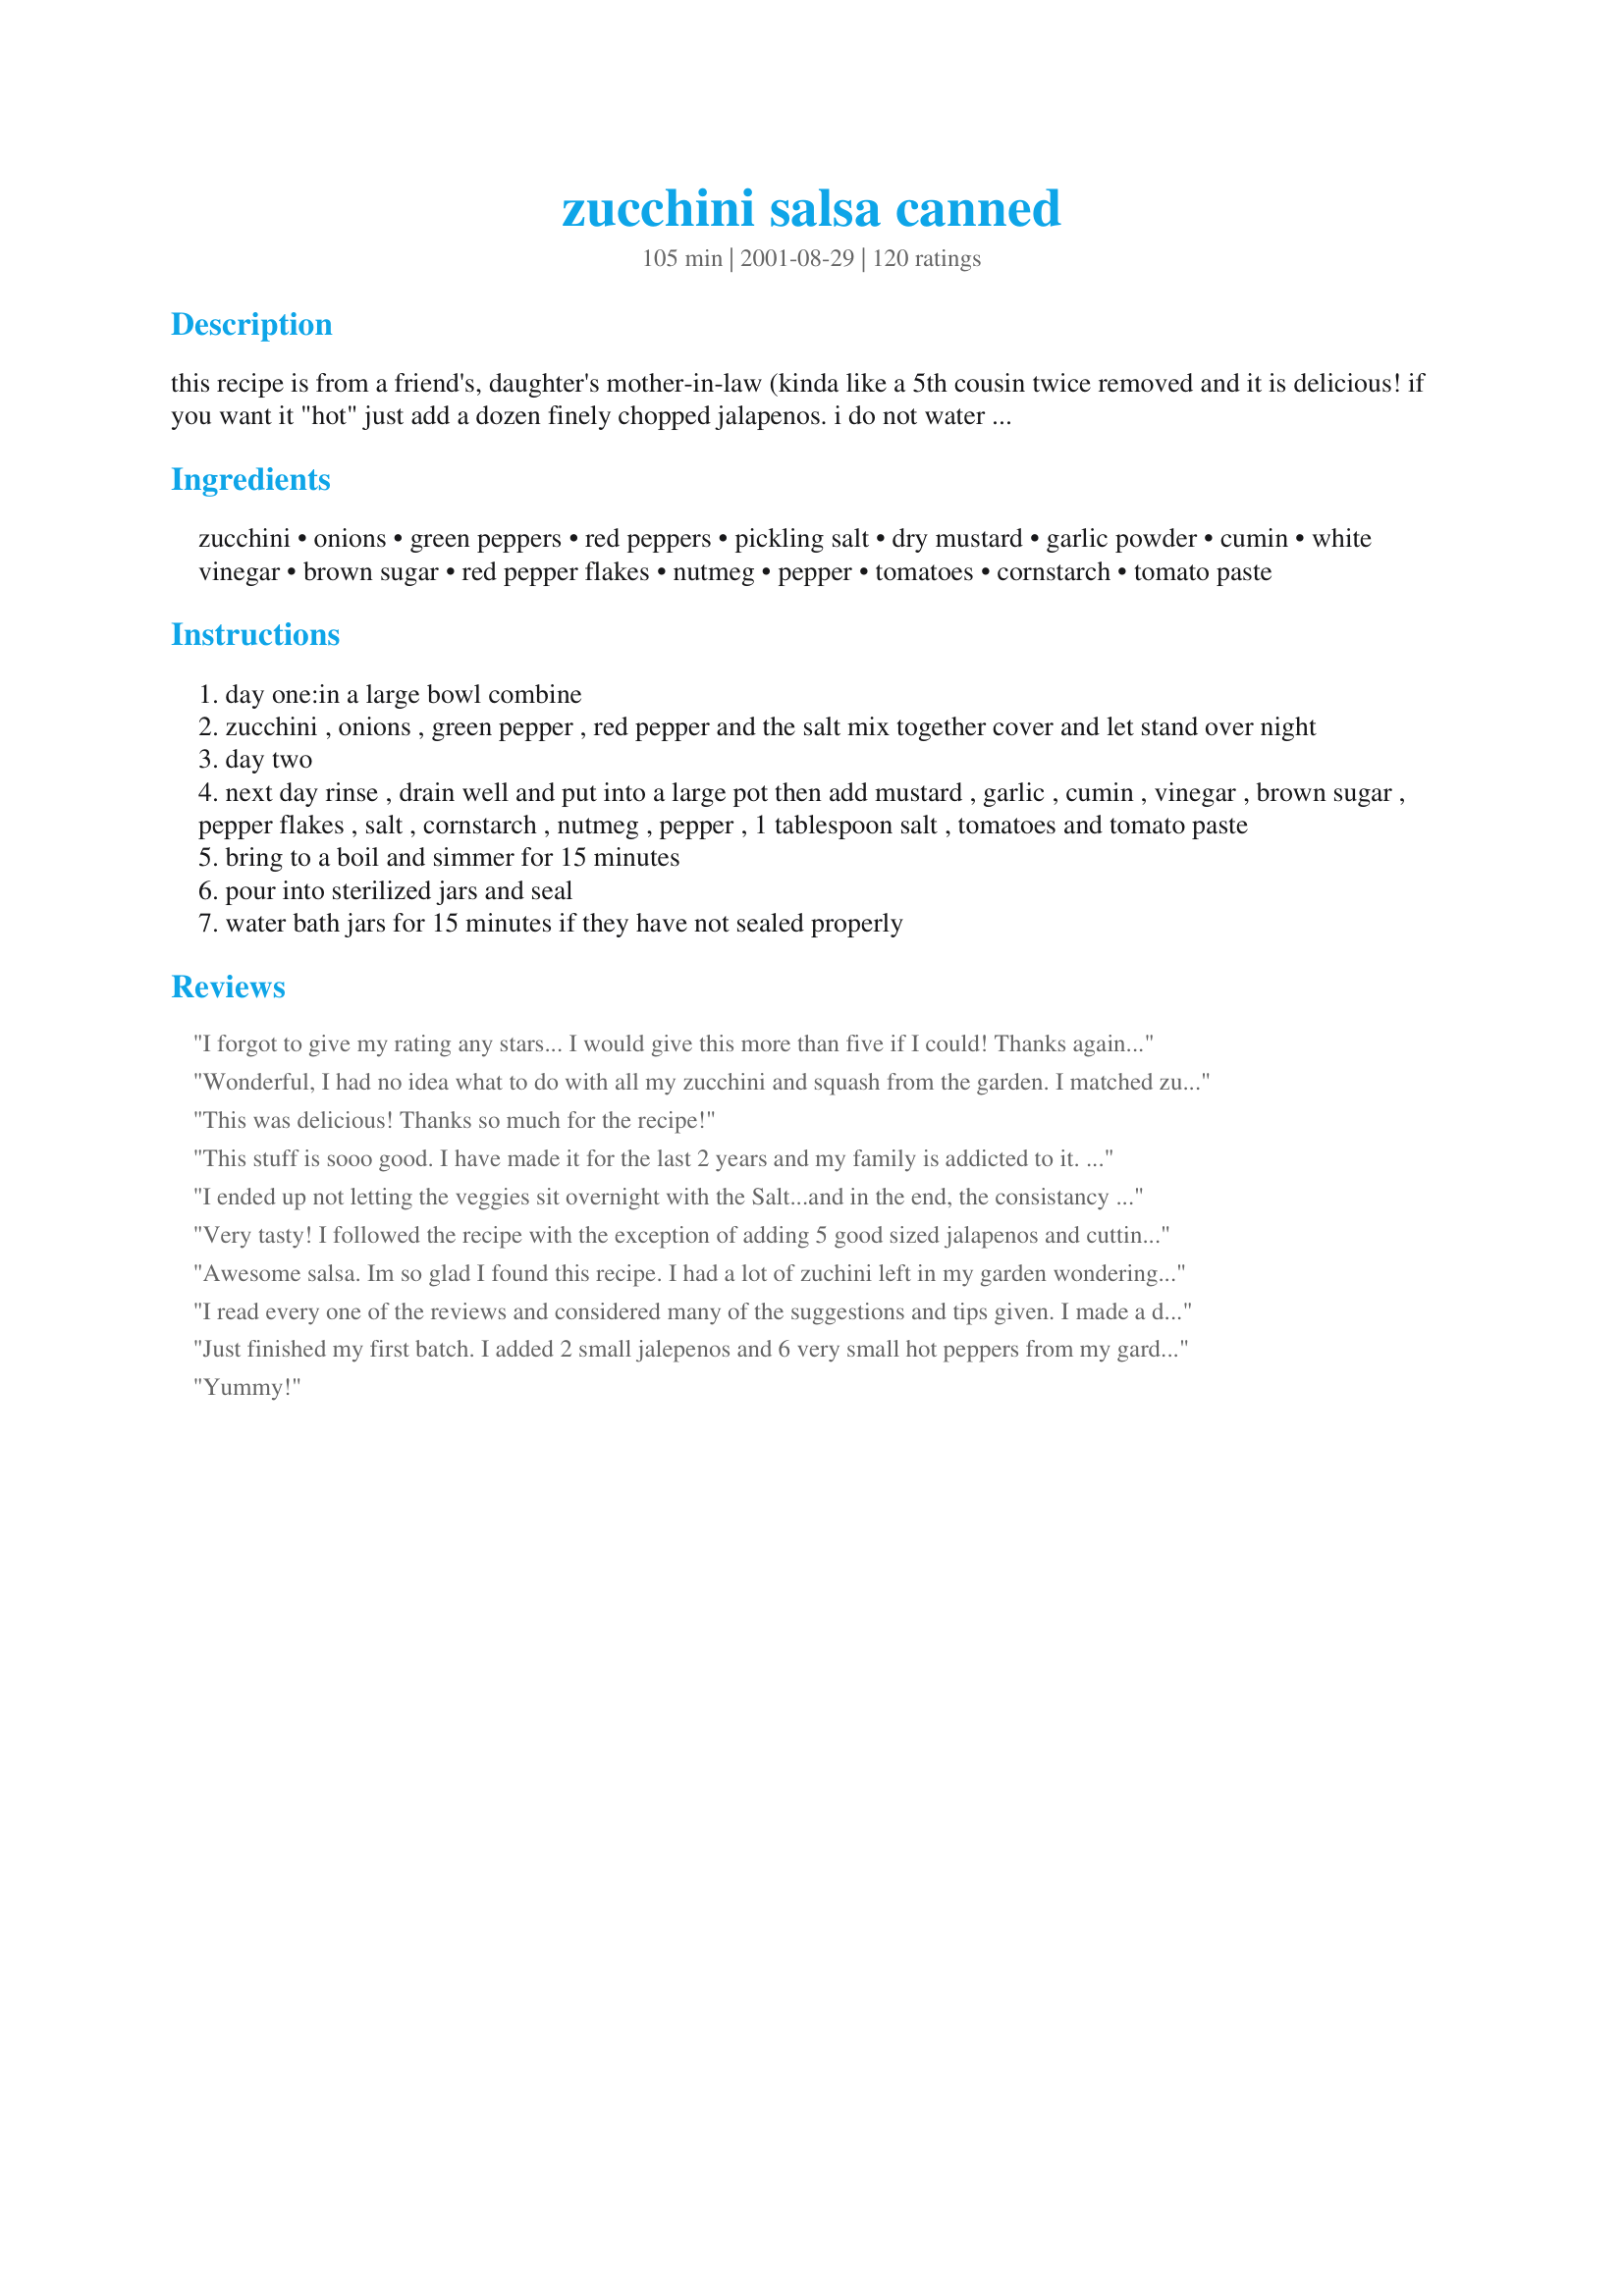
zucchini salsa canned
Preparation time: 105 minutes

this recipe is from a friend's, daughter's mother-in-law (kinda like a 5th cousin twice removed and it is delicious! if you want it "hot" just add a dozen finely chopped jalapenos. i do not water bath the jars but i am very careful with sterilizing and make sure the lids are sealed. i you feel better waterbathing them do it for 15 minutes.

Ingredients:
zucchini, onions, green peppers, red peppers, pickling salt, dry mustard, garlic powder, cumin, white vinegar, brown sugar, red pepper flakes, nutmeg, pepper, tomatoes, cornstarch, tomato paste

Steps:
day one:in a large bowl combine
zucchini , onions , green pepper , red pepper and the salt mix together cover and let stand over night
day two
next day rinse , drain well and put into a large pot then add mustard , garlic , cumin , vinegar , brown sugar , pepper flakes , salt , cornstarch , nutmeg , pepper , 1 tablespoon salt , tomatoes and tomato paste
bring to a boil and simmer for 15 minutes
pour into sterilized jars and seal
water bath jars for 15 minutes if they have not sealed properly

Reviews:
I forgot to give my rating any stars... I would give this more than five if I could! Thanks again Bergy.
Wonderful, I had no idea what to do with all my zucchini and squash from the garden. I matched zucchini and squash then added about 1 1/2 cups crushed pineapple for a bit of sweetness. Everyone raves about it. Thanx Again!!!
This was delicious! Thanks so much for the recipe!
This stuff is sooo good. I have made it for the last 2 years and my family is addicted to it. When ever I take it to dinners or carry -ins it is gone! Everyone asks for the recipe, even those who do not can. Will be making for many years to come.
I ended up not letting the veggies sit overnight with the Salt...and in the end, the consistancy of the salsa was just fine, not runny at all. I also just chopped/cubed the zucchini instead of shredding it.
My hubby does like Hot and Spicy(like set your tongue on fire spicy...) so I added 10 Serrano peppers, 4 Jalapenos, and some kinda mystery peppers we had in our garden. Overall it tasted pretty good and I'm sure the longer we let it sit, the spicier it'll get for him.
I also added the zest and juice of 3 limes, a bundle of cilantro, 2 more cups of tomatoes, and some minced garlic. Ended up getting 14 pints overall.
The recipe is a good recipe.
Very tasty! I followed the recipe with the exception of adding 5 good sized jalapenos and cutting the sugar back to about a half a cup as we don't care for really sweet salsa's. Nice balance of hot and sweet, hubby didn't know there was zucchini in it until I told him. Made 5 pints which I processed and a small tub to snack on leftover. Love the use of zucchini past the typical bread/cake! Absolutely a keeper for next summer.
Awesome salsa. Im so glad I found this recipe. I had a lot of zuchini left in my garden wondering what to do with it. I used a combination of green, red, yellow, orange peppers also added one sweet banana pepper and 4 jalepenos. I used fresh garlic 4 cloves. I used a combination of regular tomatoes and a few roma tomatoes and removed the skins.I found the salsa a bit thick so I added 1 1/2 cup tomato juice. I cut the red pepper flakes down cuz Im a wimp! Im not telling anyone it has zuchini in it because you cant tell. Thanks so much Bergy for a recipe that I will continue to use and enjoy for years to come!
I read every one of the reviews and considered many of the suggestions and tips given. I made a double batch, cutting the cornstarch and sugar in half. No nutmeg, but I did add 1/2 cup of dried cilantro. I used part brown and white sugars as well as half lemon juice and vinegar; I did add more sugar later to balance the flavor. I doubled the red pepper flakes and used a quart of jalapenos, not too spicy hot and not mild a notch above medium, it has a lively after kick. I ended up with 12 pint, 3 quart, and 1 (24 ounce) jars of salsa (19 ½ pints). I did the water bath because I%u2019ve heard too many horror stories regarding botulism and canning. Anyway, it looked like I had used too much zucchini, and the favor was alright. I waited as long as I could to taste the finished salsa, 1 day after pretty good, 2 days later, real good and the zucchini is not noticeable at all. If I have some left by the Christmas and New Year holidays it should be really good. It seems to get better with age, like a good wine.
Just finished my first batch. I added 2 small jalepenos and 6 very small hot peppers from my garden. It is sweet, but with a little burn. 
I got 7.5 pints.
Yummy!
I have been making this recipe for 5 years. We love it. I follow the ingredients list with no deletions. I dice the zucchini, skin on. I used pre-diced garlic that I buy in large containers from Costco. These changes just make my prep time shorter. If I happen to have a jalapeno I will throw it in. The best thing about this salsa is that the work is spread over two days. I have found that if I just cannot get back to it the next day it saves well in the fridge. I have actually had a few batches where I didn&#039;t get back to cook and can it for a week and all was well. :)
I love love this salsa..but I was just wondering if recipe was tested for canning. .thanks becky
Wow, a great way to use Zucchini. I made a batch this morning. Very tasty, easy to make. I added 3 jalapeno peppers. Also, did a 15 minute hot water bath. My family loves Salsa. I will be making more as we have a garden & lots more Zucchini coming on.
Wow! Thanks for the great zucchini recipe. Can't make it fast enough. I'm on my 5th batch this month. I cut the sugar in half, deleted the nutmeg after the first batch and added 4 jalapeno peppers. It's a real hit!
I made this last year and it has been gone since January :(. I just made my first batch of the year and excited to have enough tomatoes for another. I have also mixed it in with my chili and it was the best chili I ever made.
My husband loves this recipe. I made it two years ago and he told me to stop trying any other salsa recipes. He likes heat so I added three jalapenos. I&#039;m in the middle of making him a year&#039;s worth of this stuff. I&#039;ve done 27 pints so far using home grown zucs, onions and jalapenios. And I&#039;m not done yet :) I always do the water bath and I leave a 1/2&quot; clearnace in the jars. That seems to do the trick for me sealing it.
This is a great salsa! My husband, the zucchini hater, even loves it. My 15 year old is rationing it. It's a long wait until zucchini season. I will be making a lot more of this next year! Thanks for posting!
Great recipe, I was curious as to having the zucchini in it, but as we have a bunch in the garden, thought I would try it. Very yummy! I wanted a little kick, so I added 3 jalepeno peppers, one I seeded. Phew! It was spicy!
This is wonderful, made half a recipe. Used Splenda rather than sugar, we can't eat the sugar. Instead of red pepper flakes I added a small can of chilies, and a few flakes of Jalapeno dried peppers. Also about 1/2 cup cilantro. I sterilized the jars by using my steamer cannier processing for about ten minutes. The steamer cannier is 100% better than the usual water bath.
This is a fantastic Salsa! I love the fact that there isn't any cilantro in it.

I have been told by one co-worker that it is better than their Grandma's Salsa even!

Thanks for the great recipe!
This is my third year canning this recipe. It's a perfect way to use onions, zucchini, peppers and tomatoes from our garden. The salsa makes a great gift and we're sure to make enough so we have a supply throughout the year. We use it with chips and appetizers, of course, but it's also great in soups and stews.
I am never one to write one of these reviews but I had to comment on this recipe. I have had to hide my last few jars to keep my husband from taking to work and sharing with his buddies. I have had so many request for this recipe that I now include a copy with every jar. We actually 'plan' to grow extra zucchini next year so we can make more. Thank you for such a yummy way to use a nutritious food.
So, so good! I made this with my MIL last weekend! It came together quickly and tastes great! The only thing she did differently was to use Kosher salt in place of pickling salt. Thanks for posting, Bergy!
I made this recipe on july 28,09 I left the zucchini in small chunks instead of shredding, it worked out perfect. I was very happy with the taste, texture, and consistency. The hotness I would say is medium. I will be making this recipe again. Thank you so much.
I love this recipe!!! It's the best, tastiest way to preserve lots of zucchini---but that's not all, I subbed in yellow squash and corn added diced garlic and cilantro too! YUM! I'm going to try using cucumber in another batch and can't wait to taste the results. Everyone I give a jar to asks for more and I'm afraid I won't have enough to keep for winter preserves!
People aren’t being “rude”. They are simply trying to let you know that this recipe is NOT safe as written. Zucchini, onions and peppers make up the much of this recipe and they are LOW acid foods. To make this safe to eat you should use bottled (not fresh) lime juice. It is more acidic than vinegar and will bring the PH within safe limits. Now, just because someone has made this before and no one died doesn't make it safe. It is a bit like Russian Roulette. The majority of people live to tell the tale but one person dies. Is that a risk you would be willing to take with your friends and family? Don’t depend on the advice of non-experts. https://www.healthycanning.com/cowboy-canners/. Just because the recipe has been around for years that doesn’t make it safe. The science around canning changes over the years. If fact, using older canning recipes is not recommended. Here is a good article regarding making salsa with fresh lime juice. https://www.healthycanning.com/fresh-lime-juice-all-new-ball-book-of-canning/ There is so much trusted information out there it makes no sense whatsoever to ignore it in favor of advice from well-meaning strangers. The National Centre for Home Food Preserving is a good, reliable source https://nchfp.uga.edu/. Now having said all this I want to tell you that I just made this recipe and have made it in the past. Lots of it. I gave it to family and friends. I decided recently to buy a pressure canner as I’ve always wanted one. I started doing research to ensure that I can safely and I came across the information about some salsas not being safe for water bath canning. Everyone who got a jar of that salsa is going to be told to toss it. I can’t afford a reliable PH tester and if I ever made someone sick with my food I couldn’t live with myself. I’m not telling you what to do. I’m just letting you know that there is a risk of botulism with this recipe. Botulism is nothing to fool around with. https://en.wikipedia.org/wiki/Botulism
I added nothing and removed nothing. This recipe is amazing and was one of my regular Christmas gifts last year. I generally beg people for Zucchini so I can make it.
This is the best snacking salsa ever. I say snacking because we just about finished a quart jar in two days. My husband thinks it is a little sweet and not quite hot enough even after I added 8 jalapino's to it. Next time I will just chop jalapinos without deveining and seeding them. This should give it more heat. Maybe I will cut the sugar by half, but I thought it was great as is. Thanks for posting.
Fanstatic! I used double the amount of tomatoes, and did two separate batches. One with all Mr. Stripey and Great Whites, the other with Roma. Didnt have green or red peppers so i substituted a bunch of whatever I could find in the garden. Turned out amazing, great colors and the flavor pops due to the 15 or so Fooled Ya Jalps in there. Making another batch today, talk about too many zucchini and a great way to use them. Enjoy!
This recipe turned out wonderful, just the right bite to it!! It was also my first time canning and it turned out great!!
Thanks for posting the recpie.
When I first tasted this salsa, I wasn't sure it was for me. The next day I had some more and it was better... however by the third day I was craving it. Everyone that we have shared it with just loves it too. Can't believe we didn't plant zucchini... dang it.
This salsa is seriously amazing! I doubled the recipe and wish I trippled it. Look no further for the perfect salsa, this is it!
I have used this recipe several times and it is a hit! However, I must warn everyone that the cooking/canning times given do NOT meet USDA-recommended standards for safety! This tomato-vinegar-zucchini mixture is probably safe enough to do a hot water bath for 40 minutes in pints and 45 minutes in quarts, but it is by NO MEANS safe to shelf in room temperature with a mere cooling-seal, or only 15 minutes of processing. Please consider changing your directions appropriately. Today&#039;s tomatoes are not as acidic as they were when your ancestors were canning them, and adjustments must be made accordingly. Adding too much zucchini in proportion to tomatoes and paste also alters the acidity. Please research this to ensure you have the acidity required for a water bath canner, and if not, then it should be pressure-canned.
I can usually only handle eating zucchini in tiny amounts...can't believe this salsa is mostly zucchini and is delish! I made the used red, orange and yellow peppers instead of just red & green for extra colour. Also used fresh garlic instead of powder. I think next time I may omit the cornstarch. You really do have to let the water come out of the veggies...can't believe how much it drained!! Highly addictive!
I love this recipe but am happy I didn&#039;t put all the sugar in; I lost my nerve after 1/8 C. It took the edge off the acidity but the salsa stayed wonderfully tangy. Also diced unpeeled zuch and ours stayed very chunky, not at all watery. This is a new top favorite for us; can&#039;t stop eating this stuff. Thanks for another great one Bergy.&lt;br/&gt;&lt;br/&gt;Edit: I made this again &amp; grated the zucc (as recipe states) instead of finely chopping it like I did the 1st time. HATED the texture of grated zucc mixed w/ the tomatoes. Slim-o-rama City. I put it in a food processor in batches and broke it down and it came out just fine. Those long shreds... ugh!
Fabulous-o!
This is the best salsa recipe I have ever made - nice and thick and it has lots of zip and a great way to use up zucchini - in fact, you'd never know it was in it unless someone told you. A great way to play the game of "Hide the zucchini"!
I didn't shred the zucchini - I used the food processor to chop and it turned out just fine!
This is very yummy indeed. I've never made salsa before; I made a batch yesterday and it was very easy and my DH taste tested it for me and declares it very good. Little does he know it contains courgettes - lol! A fantastic way to add "stealth vegetables" to the diet of a husband who claims not to like them - he he:-) Thank you very much for sharing your recipie.
Excellent recipe. I got 7 1/2 pints, but I simmered it for 30 minutes because we like our salsa thick. I added 2 minced jalapenos and it came out medium hot with a tingly afterburn. It is a sweet salsa, but that just makes it more addictive. In answer to a reviewer's question, I used two 6 ounce cans of tomato paste and it was just right. Thanks Bergy! I'll make this every summer.
Awesome! Tastes like a mango or peach salsa, nice blend of sweet and spicy. I used 5 jalapenos and 2 unknown hot peppers and that seems to have done the job. I would never have guessed there was zucchini in it. From the reviews, this seems like on recipe that would be hard to mess up, you can add extra this or that without changing the taste too much ( I think I had a couple extra cups of zucchini...). Ended up with about 8 pints last night and they have all been spoken for by this afternoon. Back to the garden!
It turned out good. But I wonder if I should have fried the veggies till they were a little less krispy. Are they saposed to be that way.?
Sorry your going to hate all my questions so since I read everyone’s review and to the last I was to add another 1/4 salt since I already placed it in the jars and sealed them with out the extra 1/4 salt is it safe to place in the freezer because I am assuming now it’s not safe on the shelf ?
This was a big hit at our house! Now only wishing I had more zucchini in our garden! I had this at a high school football game tailgate, and everybody wanted the recipe....next time I will print it to give out, but this time I just told everybody about RecipeZaar!
We were given one HUGE zucchini and needed a way to use it up. Since there&#039;s only 2 of us in this house new canning was the way to go. When I saw this knew I had to try it and Bergy&#039;s I knew it&#039;d be good. Well I was right, it&#039;s fairly straight forward with clear directions and turned out great - I did add a jalapeno with seeds to spice it up a little and love the outcome. The house smelled wonderful as it simmered. I followed your directions to the letter (except for only adding ONE jalapeno) and the spices were all the perfect compliment to this salsa. I can see so many uses for it - on eggs in the morning, as a dip for appetizers, from now on I&#039;m pulling this one out every year come harvest time.
Wonderful! I doubled the recipe in July, and I only have one can left. I'll be making another batch with the last of my zucchinis and tomatoes. I used lemon juice for a part of the vinegar and left out the corn starch. I also added cilantro. Thanks!
It's December in freezing cold Minnesota, and I am enjoying the bounty from my garden in this salsa. I've given a few pints of it away, but no more. I don't want to run out! Yum. Thanks Bergy!
Another 5 star review! My boys said this was their favorite salsa yet! An there goes a bunch of zucchini. Thanks for sharing.
Made this last weekend just to use up the extra large zucchini given by family and friends - omigosh, delicious!! Family and friends demolished the whole batch so I am making another one now. I will water bath process a batch and will process it for the same time I process zucchini relish. The reviews are super helpful to modify the recipe to taste. I added one jalape&ntilde;o because I like a mild salsa, used one cup of vinegar, half a cup of brown sugar and eliminated the cornstarch and nutmeg. I used a leftover half of a red onion with 3 cooking onions - very nice. I shredded my zucchini in the food processor and had no texture problem with it. I think chopping or shredding would work fine. Absolutely delicious! I have shared the recipe with everyone I know. It will become a part of my annual fall bounty!
Bergy,
Loved this recipe! Changed it just a bit...used small zucchini, left them unpeeled and diced fine. (Gave the salsa a nice chunky texture.) Also halved the vinegar and omitted the cornstarch. I have 12 gorgeous pints of this salsa setting on the cupboard...It is almost too pretty to store away! Thanks for posting.
Barb
I made it (almost) exactly as described and it was excellent. The only variation was that I accidentally put in a little extra cumin. People seemed to like that. This recipe is a good way to use excess zucchini. Everyone we have served it to has loved it as well. The red pepper flakes give it just enough zip or our tastes. Give it a try - even the nutmeg, you won't be disappointed.
This is the best salsa ever!! Has a sweet start then a hot finish. Not too hot but just right! My grown kids kept begging for more.
This recipe is awesome! After I had it all mixed and was pouring it into jars, I got to thinking that I should have added cilantro. Will have to do this on the next batch. I doubled the recipe right away and am glad I did. I would highly recommend trying this recipe. You will not be disappointed! UPDATE: We have made this recipe for a second time around. I have made changes and the 3 key changes were we did not use the red peppers, since we used red pepper flakes, and added cilantro, and use 5-6 tomatoes for a double batch. It was awesome! Everyone is raving about it and asking for the recipe. The second time around is our favorite. I now have 6 more batches ready to go for when our tomatoes are ready. Looking forward to making it again!!!
This was sooooooooooo easy and really good. I had an incredible amount of zucchini this year and making zucchini bread was going to automatically make me gain 15 pounds. I did use my food processor to shred it all, so it was more like chopped. But, my kids don't know the difference between this salsa and regular salsa. I use a jar of it when I make tacos, great way to get them to eat their veggies.
Our one little zucchini plant is putting out so much this year, that I am having a hard time eating and giving it all away. Not anymore! Made a batch of this salsa this weekend, and gave away a few pints. I am getting calls for more. I added 8 diced jalapenos. A very addictive sweet salsa, that will leave a little heat on your tongue. Delish! Thanks for sharing, Bergy!
Fantastic! My husband and I can't stop eating it.
This is a fantastic salsa recipe, one I'll be making for years to come. My whole family is enjoying it on tortilla chips, chicken and anything else we can think of. I used 4 jalapeno peppers and that gave the salsa just enough heat for us. I omitted the nutmeg (personal preference) and removed the tomato skins before chopping. The salsa was a bit thick while cooking so I added about 1 1/4 cups water. The full recipe yielded 8 pints with a bit to spare. Excellent salsa... thanks so much, Bergy.
Just finished making a 2nd batch of this. My first one I added the full amount of sugar and about 3 hot peppers and it had a "mild" feel to it. The second batch I added 1/2 cup of sugar (hubby suggested it) and about 6 hot peppers and it was closer to "hot". 
This is definitely a keeper, what a wonderful way of utilizing those zucchinis, I swore I wouldn't grow them again, but after this I'm going to just for the salsa!!
excellant/awsome receipe. Great way to use up that extra zucchini. I added some mild banana peppers for a little more zip. I even use this in my stir fry for added flavor. Definitely will use this receipe again. Neighbors have tried it and keep coming back for more.
This is a great way to use up all that garden zucchini. I made this yesterday taking into account some of the other reviews. I added some fresh oregano and cilantro, otherwise following the recipe as written. It was a great blend of flavors.
Update: I am down to my last pint. I have given and offered this to everyone and everyone loves it. I entered this in our county fair and it won first place AND Best of Fair. 

Yummy, yummy, yummy! I liked this recipe because I could can it. This is SO good. It's thick. I like to say it's sweet with a kick to it. I used 7 large jalapenos to hotten it and I feel that was just right for us. My husband and I went through an entire pint in one sitting. It is very, very good and I will make more of this for sure. Thank you for this great recipe.
Sorry to have be to be the first one not to give this recipe 5 stars. I followed this recipe exactly as written and it tastes like a salty taco. There really needs to be a correction in day 2. It states to add the salt twice! I hoped to get more of a salsa flavor. I do really love the idea of using zucchini so maybe with less cumin and less salt along with fresh garlic, cilantro and lime it may be worth a second try!
I am not sure if I didn't rinse the zucchini well enough, but I find the salsa very salty. Next time I make this, I will cut back on the sugar, and salt.
Great way to use up zucchini from the garden! It was a little sweet for us, so next time I might cut back on the sugar some. Also added 5 jalapenos with seeds, but next time will add more as we prefer salsa with a little kick.
Amazing Recipe!!!! Deserves More then five stars. After reading all the reviews I also tweaked it to suit my families taste. I chopped the zucchini instead of shredding it and used an assortment of cherry tomatoes from my garden (needed to use them up). I omitted the chili flakes and sugar. I substituted chipoltle chile instead for a smokier taste. It turned out marvelously and I will be making this with the rest of the zucchini and tomato i harvest this year
Thanks one can never have too many zucchini recipes! I'm going to make a batch with Sugar substitute for my diabetic friends.Just the right price for a Christmas gift too!
Great salsa, I cut the sugar in half, left out the nutmeg and used red wine vinegar in mine and it is fantastic, even my 7 year old loves it, I added one jalapeno pepper as well, that is some afterburn, but not flaming.
Just another 5 star review! I made this yesterday and am so happy with the results! I'll be handing out small samples later int he week to some of my coworkers. The only changes I made was to cut the vinegar in half (as others suggested) and didn't use nutmeg. I also added 1 jalapeno pepper (1/2 of a batch). Just a touch of sweetness with a little afterburn. Thank you!
Easy recipe to follow. Doubled the mix and split it in half again for cooking, to make a batch each of hot and mild salsa. Substituted 3x 800gm cans of tomatoes in juice, for the fresh tomatoes. For colour and a bit more of a lift in flavour, added about 10 diced pickled gherkins to each batch and would have added some canned pineapple if I'd had any left in the pantry, have made 4 batches of this and given many jars and the recipe to friends and family..Zucchini are a bountiful plant! This is a keeper recipe..Allie
excellent salsa, i used 6 jalepenos, deseeded and it was great. not too hot at all. I water bathed mine for 15 minutes
I've made 3 batches of this recipe is the last 2 weeks. It uses up lots of zucchini and I think it tastes better than the reg. salsa!
This salsa is amazing!!!!!! I've done this twice now, but use either a pita or flat bread, some cheese, this salsa (instead of red sauce) and some pepperoni. Stick it into the microwave until the cheese is melted. The salsa gives the pizza some extra bite. :)
Have had this in the pantry for almost 9 months and never tried it. I am glad I did it was great! I think it would be good as a quick and easy base to Sloppy Joes. Plan to make this again this year. I may try a batch with less sugar just to see how that tastes. It is sweet.
This is good. I will make more because it is a great way to use up zucchini. I added 3 jalapenos, and 1 habanaro...it's been a cold summer and as such it still has no heat. Next time I might increase the spices a bit, decrease the vinegar and sugar some. I did skip the nutmeg. I like it almost as a thick stew with crackers....I do think it got stronger on the vinegar though.
HUGE LESSON!! Watch the zucchini you use! Use YOUNG zucchini with VERY thin and soft skins, if they are thick or even a little hard they will NOT soften much cooking and you will cut your gums on sharp skins! I ruined an entire batch bc my skins were a little thick, it was awful. 2nd batch I used yellow and green zuc's as that was all I had left.. I also had colored peppers not green, it looked fantastic. I had to cut red peppers to 1/4 of this b.c my family doesn't like hot salsa, I also added a small can of green chili's and some grated some lime in it. This was pretty good in the end, everyone liked it. Oh, I also canned half and froze half in small containers, the frozen was really good too.
Wonderful flavour! I added 6 home grown jalapeno peppers, 1 home grown habanero pepper (gives it some heat) and 1/2 a yellow pepper.
My sister (Cameron's Mommy) sent one jar of this for Christmas. It is fantastic! My husband tasted it and when I told him it would go well with chips, he said, "we're not taking it with us, I don't want to share it." I only wish my sister had sent more! Now I'm going to add it to my cookbook.
Soooo delicious! I convinced my mom to try it (she NEVER eats salsa, doesn't like it), and after much resisting, she was flabbergasted- even she couldn't resist it! It's a tangy, refreshing salsa that goes well with anything. I'll be canning my second batch tomorrow. Thanks Bergy! I definitely agree with some of the other reviewers that it gets better and better each day, with the complex flavor developing over time.
Has anyone tried this without the over night salt bath?
Why is salt listed twice? How much salt is everyone using? Also, what size can of tomato paste?
When I first made this I found it to be way too sweet, even after adding more vinegar and the 10 recommended jalapenos. I was disappointed as it was such a pretty salsa (I used yellow and green zucc's), but I went ahead and jarred it up anyhow thinking it might get better as it aged. I checked after a month- still too sweet. After three- BINGO! Not your run of the mill salsa but still pretty tastey.
Wow! Even confirmed salsa haters say they like this one! We found this recipe had ample heat as is. We like it so much.....does anyone have any zucchini they would like to get rid of?
Wow! Great salsa. A whole new reason to grow zucchini next year! Thanks for sharing your recipe!
I had so many zucchini and was wondering what to make. This is what I found. OMG! It is outstanding. I used half of the sugar and added 12 jalapeno peppers that I had left in the garden. I also pur&eacute;ed the mixture since my family does not like chunky salsa. I will be making more because I have more zucchini growing. Thank you so much for a wonderful recipe.
this came out great, but i modified it some. I added 4 ears of corn and i used 5 hot peppers, the small ones from the garden along with about 5 mini sweat peppers, yellow and red. What a great way to use all the extra zucchini in the garden. I will make this one again, as the flavor was wonderful
We love this recipe! I've been making it for a couple of years now and our friends and family always ask for the recipe. I've even changed it a little for just regular salsa when we don't have any zucchini. My husband likes to call it THE EX-WIFE SALSA because its sweet in the beginning and burns you in the end. LOL
I have made 2 batches in the past 2 weeks. I make my own tomato salsa receipe but this is a really nice change. I found the first batch too sweet for my liking which is just me so the second I cut the sugar to a 1/2 cup and added an extra 1/2 tbs of hot peppers which made it perfect for me. It is nice and thick and chunky! I dont even like cumin but it was fine in this. I did process mine for 15 min in a hot water bath (same as I would for zucchini relish) because I dont feel it is safe just sealing jars - I know many people do but I personally wont take the risk.
Great recipe!! I didn&#039;t use the second tablespoon of salt and also added one hot pepper and two shakes of Tabasco Sauce to the batch as it was cooking. I didn&#039;t need to add the Tabasco! It&#039;s right on the edge of being too hot...which is perfect!! I love the combination of hot, sweet, tangy. Thanks for posting this!!!
I ended up a little short in the final yeild, but that may have had something to do with my hubby shoveling it out of the pot with tortilla chips while I tried to get it into jars!! I didn't have tom. paste, so added two 12 oz jars of tomato sauce, 'guesstimated' the spices and consistency was perfect for us. Thanks for another great way to put the mountains of zucchini coming out of the garden to use!!
This is wonderful!!! I have made 1 batch each night the past 2 nights. It is really easy, cut it up the night before and the next day after lunch finish it up. I'd leave a cup of two out so we could have it with chips. Everyone just loves this recipe and what a great way to use up my extra zucchini! Thank you for posting! Made for Healthy Choices ABC Tag Game ~ Summer 2010
Awesome! You would never guess there was more zucchini than tomatoes in this salsa. I added 6 jalepenos from my garden and it was just the right amount of heat. The brown sugar is a perfect addition. The salsa has a complex flavor. At first it tastes a little sweet then the heat follows soon after. Yum!
Hey everyone. I made this exact reciepe and we love it. I posted it on Facebook on a canning group. Everyone was rude and said it's not a safe reciepe. Now I'm worried that it's not safe... Any Advice please????
This is a very good sweet/tangy salsa, as others have mentioned. I don't add free cilantro until I've opened the jar to eat it, since fresh herbs sometimes turn weird in canning. Pay no attention to reviews saying this is not safe for water bath canning. The overnight soak develops lactic acid, essentially turning your low acid ingredients into high acid, safe to process ingredients. Don't skip that step, and all is well�� Very tasty.
I folowed mrs lumpy's advice and only added 1 cup of vinegar and it came out grest!!! I used red onions which gave it a nice color contrast and five extra large tomatoes which I guess came out to probobly 7 cups of tomatoes. The salsa is sweet yet zingy thank you!
Thank you Bergy's cousin 5th removed. This was a yummy way to use up zucchini and some anahiem chilis. I got 8 good pints and a couple of bites to taste test. I left out the green and red peppers, thinking that you meant bell peppers and subbed in anaheims. I also added 6 jalapenos but will add a dozen next time along with half a dozen fresno chilis. This was sweet and I think the next time which will be soon :) I will cut back to very little sugar or none. But, I think that the brown sugar did give it a richness so will try a little at a time. I left out the nutmeg, personal preference and the cornstarch. This is very very good and I will do this over and over again. Thank you Bergy for posting this delightful way of using up zucchini. Your fellow zaarian, Shirl
Definitely a great way to use up that summer zucchini abundance! I definitely cut down the vinegar to half, it's perfect cut down, just enough heat but not too acidic. I've made this salsa both with shredded zucs and with cubed, and love it either way. I didn't water bath it, just used sterilized jars lids and rings and flipped the sealed jars upside down til cold(thanks grandma years ago for that tip when making jams!). Definitely an addicting salsa!!!
Terrific. Try baking it over stuffed chicken breasts wrapped in foil, then pouring the package over rice. Delicious!
One word....
YUMMY! I will be making more of this as soon as I get more onions and bell peppers! What a great way to use up zucchini! LOVE it. :)
This is the best salsa i have ever tasted. Used some of it also in my spagetti sauce to give the sauce some zip. Didn't need to make any changes but did make one batch a little hotter as some of my family like it hot and some not. Was easy to make and a great way to use up zucchini. Thanks for this recipe Bergy.
This is one of the best salsa's that I've ever tasted, and definitely the best I've ever made! I added an extra 2 cups of zucchini cause I couldn't see throwing it out. I cut the sugar back to only 1/2 (and think I'll take it back another tbsp on the next batch). I didn't bother peeling the zucchini cause the green skin gives it a nice bit of colour, I did however remove the skins from the tomatoes. I added 1/2 cup chopped cilantro and 2 jalapenos as well. If you make it with the chili peppers according to the recipe, it makes quite a warm medium spice. So to get a mild, I'm going to cut the chili peppers in half. Great flavour!!!!
I made this today and my husband (who is VERY picky...) can't stop eating it! He didn't think he would like it but has said about 5 times already that he just loves it : ) I do too. I was going to give a couple jars out to friends and family but now I might just keep them all!
Reviewers were right!! Fantastic. I used a variety of HOT peppers to kick it up, but it would be great as is for the wimps too! Love it, thanks for a superb recipe.
Wonderful, but different that traditional salsa - sweet & tangy. We LOVED it and I will definitely be making it again with my summer bounty this year.
Just made this and EVERYONE in my house Loved it and we are not a family of salsa eaters!! This is defiently something that I will make more of and I won't buy salsa ever again!! You cant even tell it is Zucchini !!
This salsa was A LOT of work!!!!!&lt;br/&gt;But so worth it. My whole family loved it.&lt;br/&gt;Good use of all my garden veggies..
Pretty good! A great way to use up all those extra zucchini!! I added 7 homegrown jalapeÃ±o peppers and it is just spicy enough... the only thing I'm iffie about on this is all the vinegar... it is a little strong for my tastes, but it is still warm so maybe it will tone down over time. I got 8 pints outta my batch. Thanks Bergy for a fun recipe!
Turned out amazing! I just looked the recipe over and I failed to add the tomato paste, glad I did as it is perfect without it. Canned it along with a few other zucchini recipes today.
This is the best salsa. My family loved the flavor. I was doubtful about the nutmeg. It is a great recipe and easy to make. I processed it in a boiling water bath for 15 minutes.
CJ
We were able to get 3 10 lb zucchini&#039;s my in-laws garden. Put them in suitcase from WI to MA. One zucchini yields about 16 cups (1,5 batch). So the changes were 1.25c Brown sugar, and only 1T of cornstarch. (our first batch we made in WI using 2T was way to thick). We added 1/2c fresh cilantro rough chopped, 6 jalapenos and left everything the same in proportions. We like it spicy. The sweetness is very noticeable almost immediately and the kick on this salsa is at the end. Spicy but not too spicy. We were able to make 12 pints of salsa. For our remaining batches (2 more zucchini) we will cut the brown sugar down to 1/2-3/4c. So another change we will make is to add a habanero or scotch bonnet for that fruity fiery hit that mellows at the end.
We have tons of zucchini growing and this was a super recipe to use them in. I would give 5 stars, but I made a small change which I think changed the outcome slightly. I omited the sugar and used Organic Apple Cider Vinegar instead of white. This gave it a sweet tang with a natural sugar.
It is very good, but I&#039;d call it a great hot relish instead of salsa. For my liking the next time I make it, I will eliminate the nutmeg sugar and vinegar, add cilantro and a few fresh hot peppers, of choice. Thanks for sharing.
Ok, this is the first year for this recipe, but not the last! Wondering how to use all of those zucchini rolling off the garden? Give this one a shot. With its slightly sweet, but tangy after bite it is perfect with any chip we've tried so far. Enjoy!
This is so good! I followed the advice of some other reviewers and chopped the zucchini instead of shredding it. I also left out the cornstarch and tomato paste. I thickened it using powder that I made from dehydrated tomato skins and seeds left over from the canning process, last year. This is a great way to use up zucchini!
Okay I'm the idiot today. Have you ever read a recipe over and over looking for something and not see it??? I read this recipe over and over and didn't see the second addition of salt. So I wrote Bergy and Asked her about it. Then I went and reread it ONE more time and voila there it was...so, now that I know what to do with recipe I can continue on. I can already tell this is going to be a super salsa. I've made it with my own zukes, onions, peppers, and tomatoes so it's got that just picked and put up flavor too! Can't wait. Thanks Bergy.
Wow,this salsa is amazing! I didn't make nearly enough last year. I'm starting my first batch tonight, and plan to make 2 or 3 more! Tastes professionally made,but all good stuff without the preservatives.
I was given a case of zucchini, so I made this salsa, and I love the flavor too! I got exactly 5 pints.Thanks for a great way to use up zucchini!!! I didn't have pickling salt, so use table salt. It came out fine.
What an awesome way to use up my zucchini (there always seems to be too much). This recipe surprised my friends and family who couldn't believe there was more zucchini than tomato in it. We found it was plenty hot with only 5 jalepenos.
Could I substitute Apple Cider Vinegar for the white vinegar? Also is the Cornstarch necessary? What if I wanted to use some fresh squeezed lemon and Lime juice instead of the vinegar, could I substitute equal amounts?
My 3rd or 4th yr making this fabulous salsa. People are so surprised when I tell them the main ingredient is zucchini! I cut the brown sugar in half, add a couple jalapenos and am generous with the tomatoes, usually adding a couple extra cups with my abundance. I sell to others, give to family and hope it lasts til next canning season! I made 7 batches this year because I used all I had.
i just finished making this salsa. it is terrific!! ready to jar up and can. thanks for the recipe, i have tons of zucchini to use up but not many tomatoes ready yet, so this is a perfect way to use them up. it is surprising that it turned out so traditional as it did, using so few tomatoes. thank u thank u, thank u!!!
YUMMY!!!!!!!! I gave away my first batch to friends and family and they are already bugging me for more!! I made a "secret" batch just for me and my family--my 3 year old even loves it! Thanks for the recipe!
Made this as a gift for someone who gave me huge farm grown zucchini's. I am not a salsa fan and wasnt even going to taste it. 
I did, and loved it so much, I pigged out on a whole jar full.
